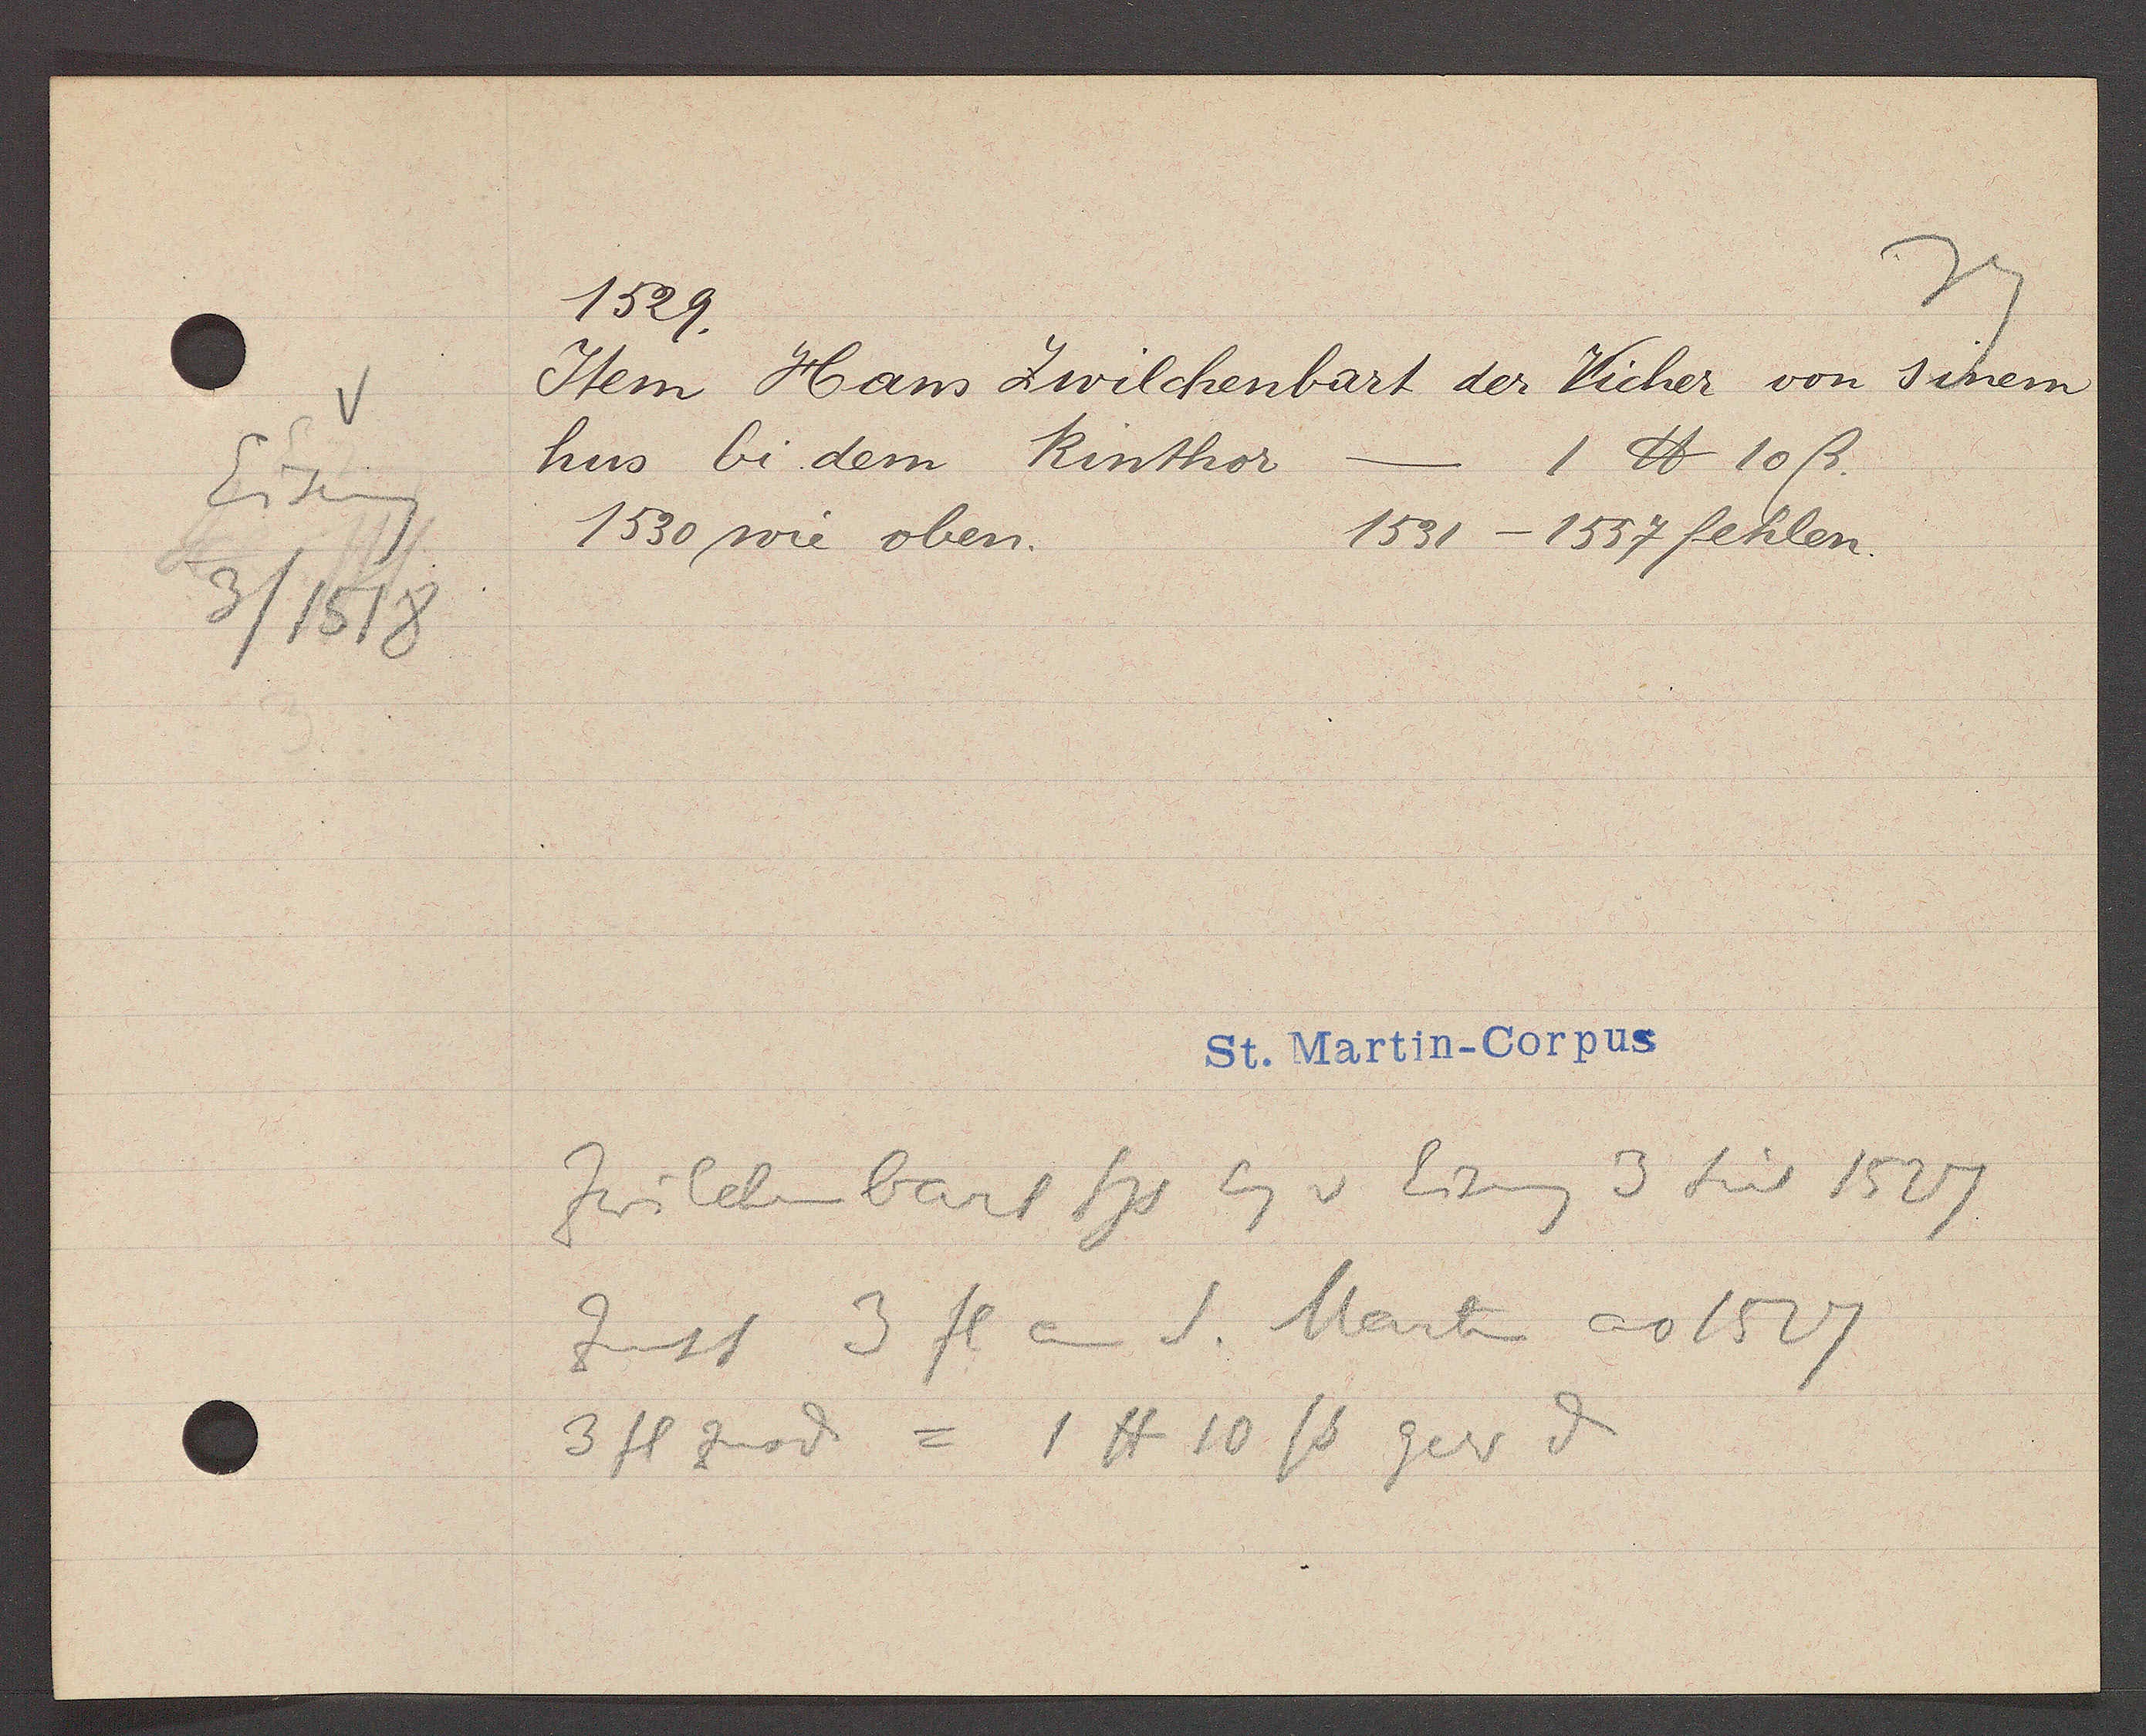
Transcript:
Eiseng
3/1518

1529.

Item Hans Zwilchenbart der Vicher von sinem
hus bi dem Rinthor
- 1 ℔ 10 ß.
1530 wie oben.
1531 - 1557 fehlen.

St. Martin-Corpus

Zwilchenbart Hs Eg v Eiseng 3 seit 1527
Zinst 3 fl an S. Marti ao 1527
3 fl zuod = 1 ℔ 10 ß gesr? ȡ